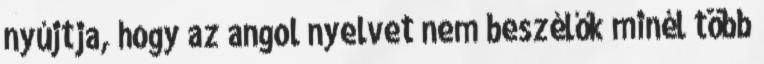
nyújtja, hogy az angol nyelvet nem beszélők minél több